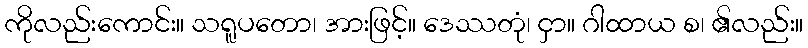
ကိုလည်းကောင်း။ သရူပတော၊ အားဖြင့်။ ဒေဿတုံ၊ ငှာ။ ဂါထာယ စ၊ ၏လည်း။